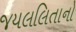
જયલલિતાનો